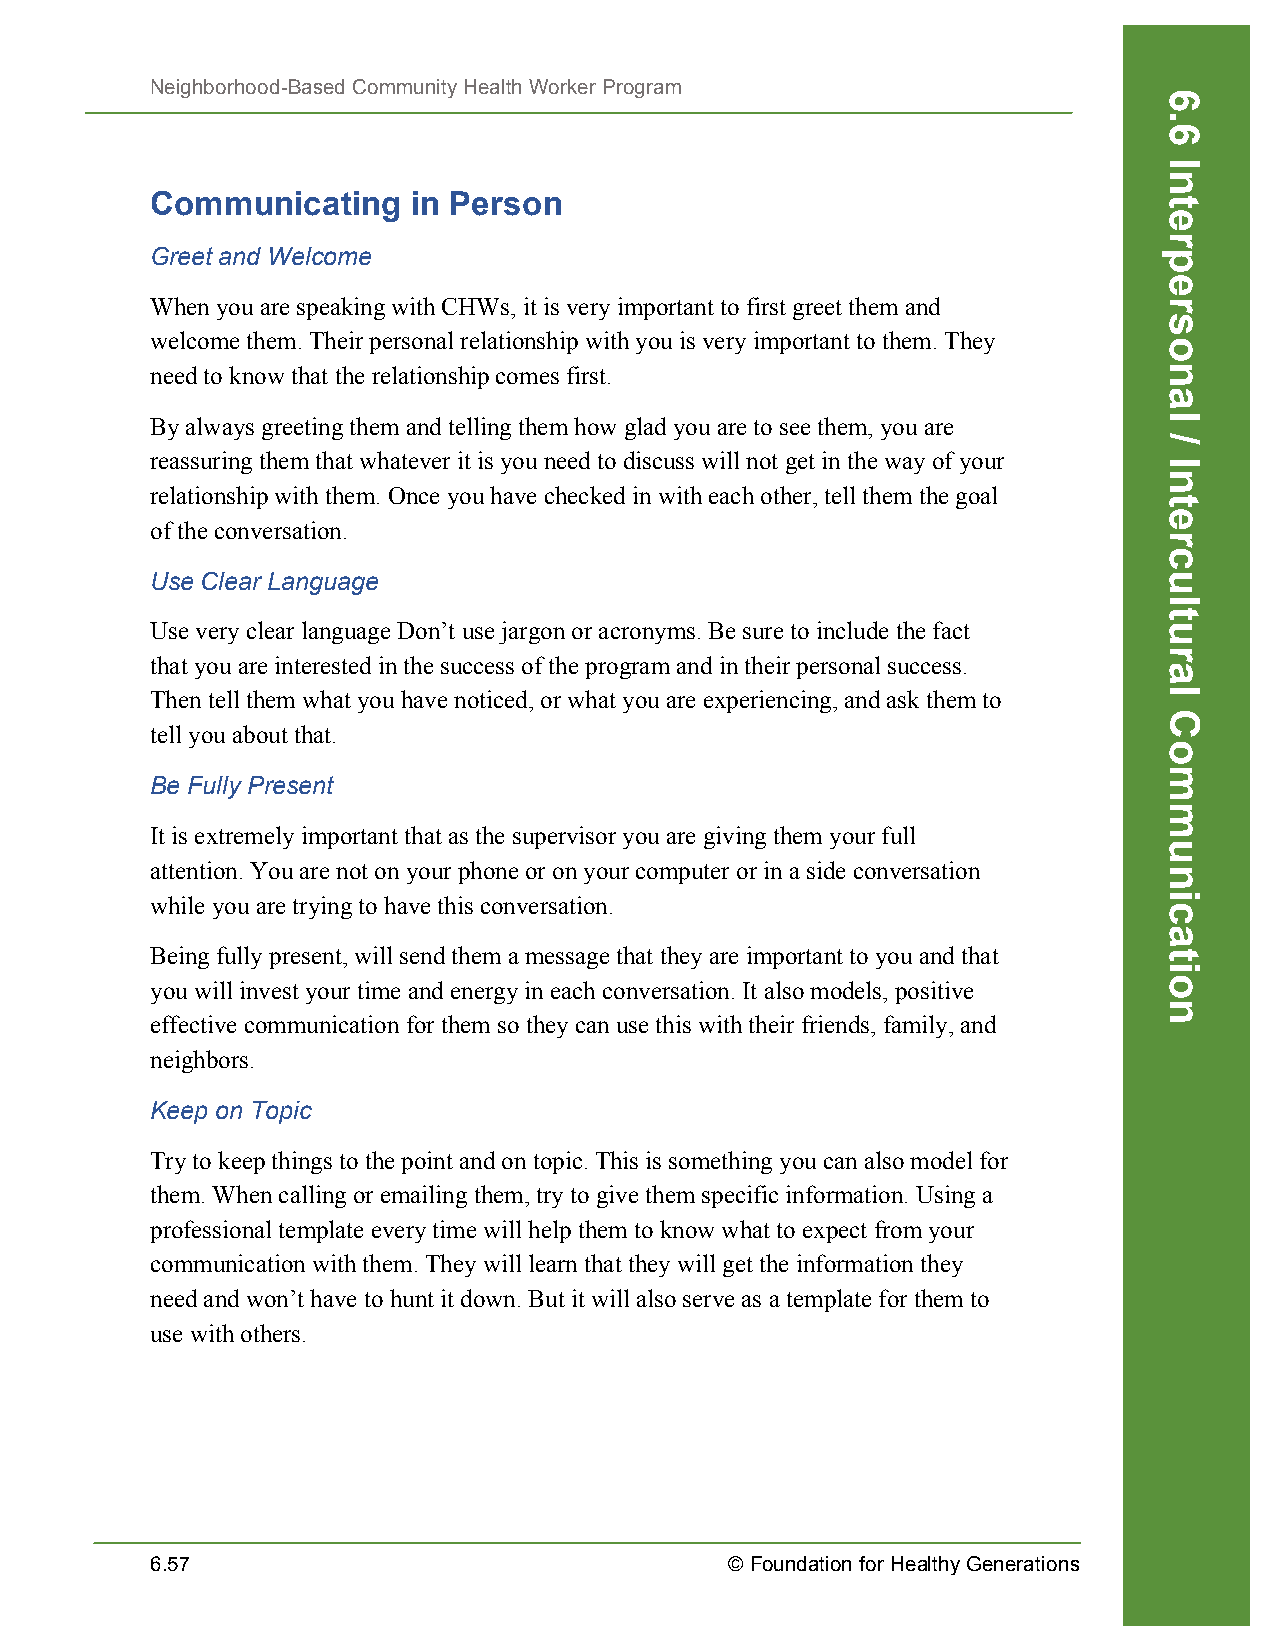
Neighborhood-Based Community Health Worker Program
 Communicating    in Person
 Greet and Welcome
 When you are speaking with CHWs, it is very important to first greet them and
 welcome them. Their personal relationship with you is very important to them. They
 need to know that the relationship comes first.
 By always greeting them and telling them how glad you are to see them, you are
 reassuring them that whatever it is you need to discuss will not get in the way of your
 relationship with them. Once you have checked in with each other, tell them the goal
 of the conversation.
 Use Clear Language
 Use very clear language Don’t use jargon or acronyms. Be sure to include the fact
 that you are interested in the success of the program and in their personal success.
 Then tell them what you have noticed, or what you are experiencing, and ask them to
 tell you about that.
 Be Fully Present
 It is extremely important that as the supervisor you are giving them your full
 attention. You are not on your phone or on your computer or in a side conversation
 while you are trying to have this conversation.
 Being fully present, will send them a message that they are important to you and that
 you will invest your time and energy in each conversation. It also models, positive
 effective communication for them so they can use this with their friends, family, and
 neighbors.
 Keep on Topic
 Try to keep things to the point and on topic. This is something you can also model for
 them. When calling or emailing them, try to give them specific information. Using a
 professional template every time will help them to know what to expect from your
 communication with them. They will learn that they will get the information they
 need and won’t have to hunt it down. But it will also serve as a template for them to
 use with others.
 6.57                                  © Foundation for Healthy Generations
 6.6
 Interpersonal
 /
 Intercultural
 Communication